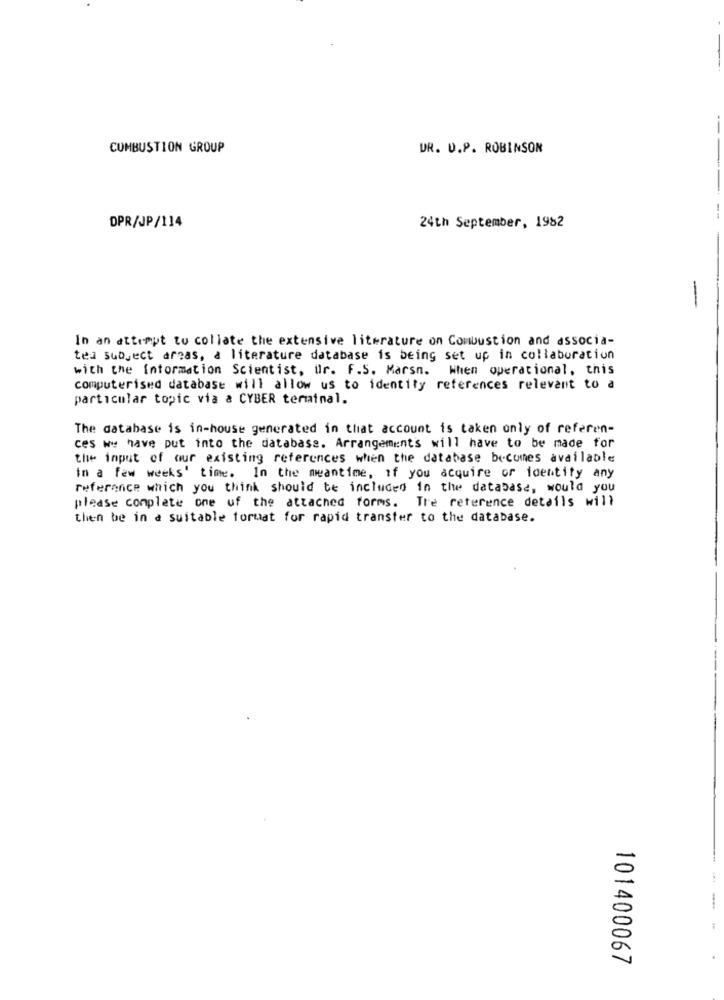
COMBUSTION GROUP
DR. U.P. ROBINSON
--
DPR/JP/114
24th September, 1982
-
In an attempt to collate the extensive literature on Combustion and associa-
ted subject areas, a literature database is being set up in collaboration
with the Information Scientist, ur. F.S. Marsn.
When operational, this
computerised database will allow us to identity references relevant to a
particular topic via a CYBER terminal.
The database is in-house generated in that account is taken only of referen-
ces we have put into the database. Arrangements will have to be made for
the input of our existing references when the database becomes available
in a few weeks' time. In the meantime, if you acquire or identity any
reference which you think should be included in the database, would you
please complete one of the attached forms. The reference details will
then be in a suitable foruat for rapid transter to the database.
101400067